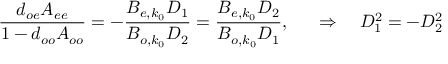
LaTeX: { \frac { d _ { o e } A _ { e e } } { 1 - d _ { o o } A _ { o o } } } = - { \frac { B _ { e , k _ { 0 } } D _ { 1 } } { B _ { o , k _ { 0 } } D _ { 2 } } } = { \frac { B _ { e , k _ { 0 } } D _ { 2 } } { B _ { o , k _ { 0 } } D _ { 1 } } } , ~ ~ ~ ~ \Rightarrow ~ ~ ~ D _ { 1 } ^ { 2 } = - D _ { 2 } ^ { 2 }